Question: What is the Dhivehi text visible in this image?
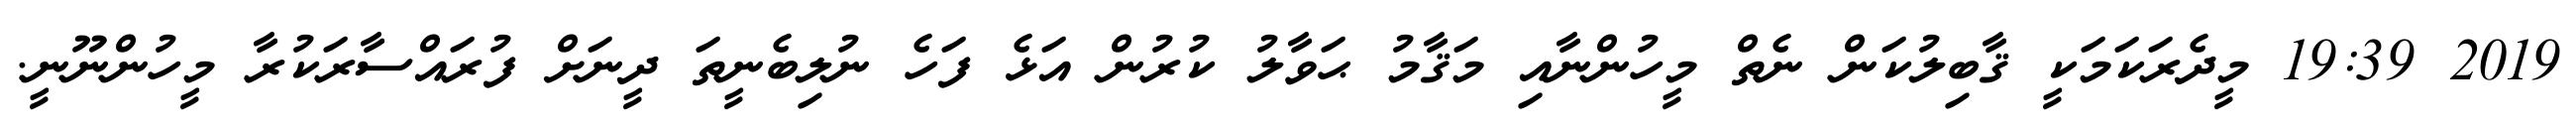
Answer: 2019 19:39 މީދެރަކަމަކީ ޤާބިލުކަން ނެތް މީހުންނާއި މަޤާމު ޙަވާލު ކުރުން އަޅެ ފަހެ ނުލިބެނީތަ ދީނަށް ފުރައްސާރަކުރާ މީހުންނޫނީ.